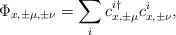
LaTeX: \begin{align*}\Phi_{x,\pm\mu,\pm\nu} = \sum_i c^{i \dagger}_{x,\pm\mu} c^i_{x,\pm\nu},\end{align*}